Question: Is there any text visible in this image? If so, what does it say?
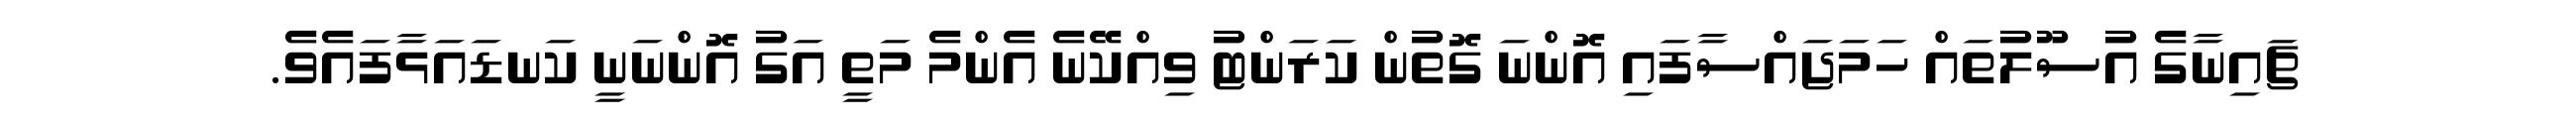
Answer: ޗައިނާގެ އުސޫލުތައް ހަމަޖައްސާފައި އޮންނަ ގޮތުން ކަރަންޓު ވިއްކޭނެ އެންމެ މަތީ އަގު އޮންނަނީ ކަނޑައަޅާފައެވެ.